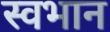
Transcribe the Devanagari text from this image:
स्वभान